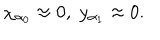
\chi _ { \alpha _ { 0 } } \approx 0 , \; y _ { \alpha _ { 1 } } \approx 0 .